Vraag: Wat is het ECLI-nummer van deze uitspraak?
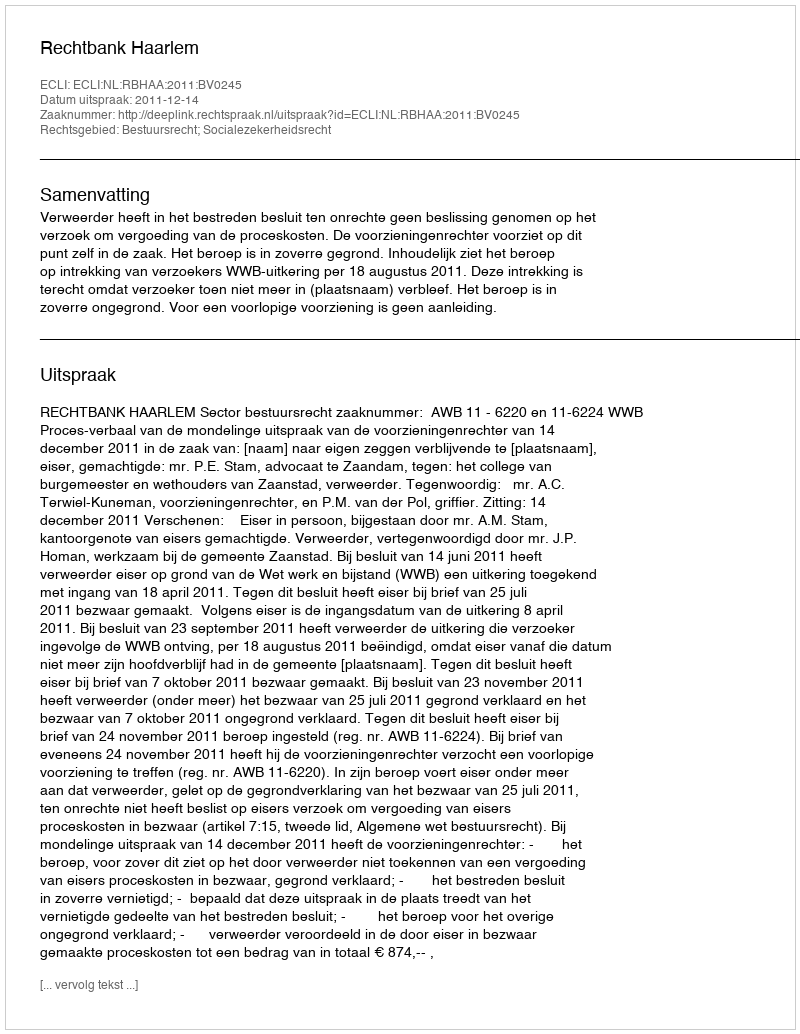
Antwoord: ECLI:NL:RBHAA:2011:BV0245